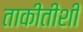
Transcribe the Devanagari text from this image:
ताकीतीशी